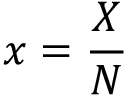
x = \frac { X } { N }